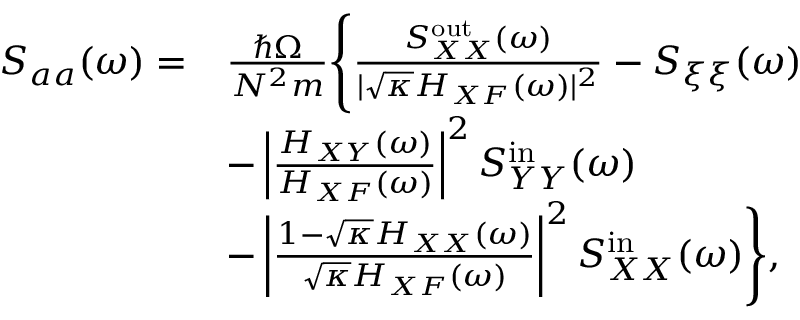
\begin{array} { r l } { S _ { a a } ( \omega ) = } & { \frac { \hbar \Omega } { N ^ { 2 } m } \Bigg \{ \frac { S _ { X X } ^ { \mathrm { o u t } } ( \omega ) } { | \sqrt { \kappa } H _ { X F } ( \omega ) | ^ { 2 } } - S _ { \xi \xi } ( \omega ) } \\ & { - \left| \frac { H _ { X Y } ( \omega ) } { H _ { X F } ( \omega ) } \right| ^ { 2 } S _ { Y Y } ^ { \mathrm { i n } } ( \omega ) } \\ & { - \left| \frac { 1 - \sqrt { \kappa } H _ { X X } ( \omega ) } { \sqrt { \kappa } H _ { X F } ( \omega ) } \right| ^ { 2 } S _ { X X } ^ { \mathrm { i n } } ( \omega ) \Bigg \} , } \end{array}